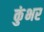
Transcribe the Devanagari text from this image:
कुंभर